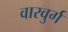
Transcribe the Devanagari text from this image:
वारवुर्ग